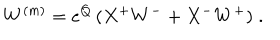
LaTeX: W ^ { ( m ) } = e ^ { Q } \, ( X ^ { + } W ^ { - } + X ^ { - } W ^ { + } ) \; .